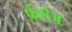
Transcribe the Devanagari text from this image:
फ्रंसेज़